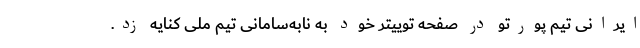
ایرانی تیم پورتو در صفحه توییتر خود به نابه‌سامانی تیم ملی کنایه زد.